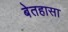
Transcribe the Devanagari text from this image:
बेतहासा